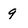
Character: 9